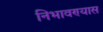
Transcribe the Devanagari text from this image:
निभावण्यास